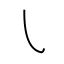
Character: ㇂